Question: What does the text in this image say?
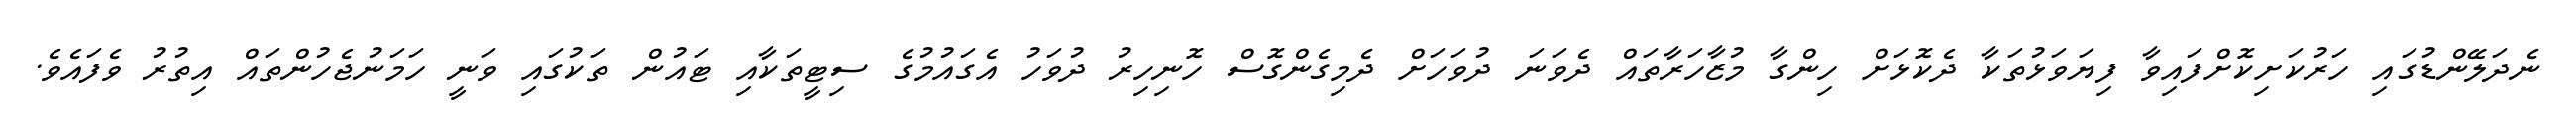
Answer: ނެދަލޭންޑުގައި ހަރުކަށިކޮށްފައިވާ ފިޔަވަޅުތަކާ ދެކޮޅަށް ހިންގާ މުޒާހަރާތައް ދެވަނަ ދުވަހަށް ދެމިގެންގޮސް ހޮނިހިރު ދުވަހު އެގައުމުގެ ސިޓީތަކާއި ޓައުން ތަކުގައި ވަނީ ހަމަނުޖެހުންތައް އިތުރު ވެފައެވެ.